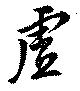
虚